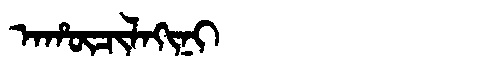
Manchu: ᠠᡥᡡᠴᡳᠯᠠᡴᡳᠨᡳ
Romanization: AHŪCILAKINI